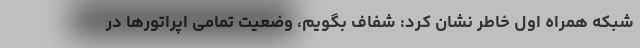
شبکه همراه اول خاطر نشان کرد: شفاف بگویم، وضعیت تمامی اپراتورها در